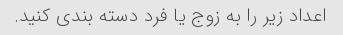
اعداد زیر را به زوج یا فرد دسته بندی کنید.